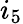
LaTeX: i_{5}